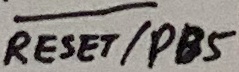
Text: RESET/PB5